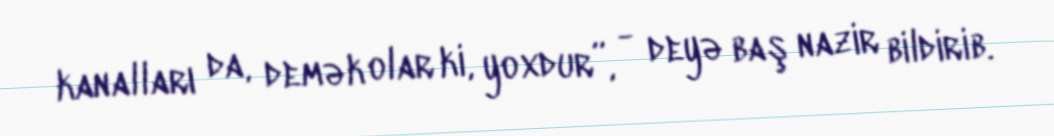
kanalları da, demək olar ki, yoxdur”, - deyə baş nazir bildirib.